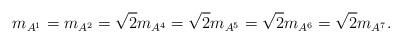
LaTeX: \begin{align*}m_{A^1}=m_{A^2}=\sqrt{2}m_{A^4}=\sqrt{2}m_{A^5}=\sqrt{2}m_{A^6}=\sqrt{2}m_{A^7}.\end{align*}